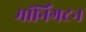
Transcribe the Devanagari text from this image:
मॉर्निंगटन